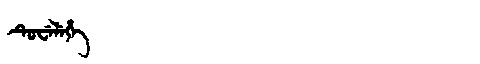
Manchu: ᡨᡠᠸᡝᠯᡝᡥᡝ
Romanization: TUWELEHE